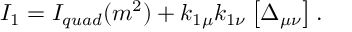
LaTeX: I _ { 1 } = I _ { q u a d } ( m ^ { 2 } ) + k _ { 1 \mu } k _ { 1 \nu } \left[ \Delta _ { \mu \nu } \right] .